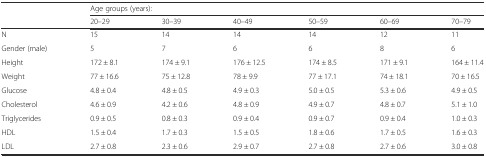
<table><thead><tr><td></td><td colspan="6"><b>Age groups (years):</b></td></tr><tr><td></td><td><b>20–29</b></td><td><b>30–39</b></td><td><b>40–49</b></td><td><b>50–59</b></td><td><b>60–69</b></td><td><b>70–79</b></td></tr></thead><tbody><tr><td>N</td><td>15</td><td>14</td><td>14</td><td>14</td><td>12</td><td>11</td></tr><tr><td>Gender (male)</td><td>5</td><td>7</td><td>6</td><td>6</td><td>8</td><td>6</td></tr><tr><td>Height</td><td>172 ± 8.1</td><td>174 ± 9.1</td><td>176 ± 12.5</td><td>174 ± 8.5</td><td>171 ± 9.1</td><td>164 ± 11.4</td></tr><tr><td>Weight</td><td>77 ± 16.6</td><td>75 ± 12.8</td><td>78 ± 9.9</td><td>77 ± 17.1</td><td>74 ± 18.1</td><td>70 ± 16.5</td></tr><tr><td>Glucose</td><td>4.8 ± 0.4</td><td>4.8 ± 0.5</td><td>4.9 ± 0.3</td><td>5.0 ± 0.5</td><td>5.3 ± 0.6</td><td>4.9 ± 0.5</td></tr><tr><td>Cholesterol</td><td>4.6 ± 0.9</td><td>4.2 ± 0.6</td><td>4.8 ± 0.9</td><td>4.9 ± 0.7</td><td>4.8 ± 0.7</td><td>5.1 ± 1.0</td></tr><tr><td>Triglycerides</td><td>0.9 ± 0.5</td><td>0.8 ± 0.3</td><td>0.9 ± 0.4</td><td>0.9 ± 0.7</td><td>0.9 ± 0.4</td><td>1.0 ± 0.3</td></tr><tr><td>HDL</td><td>1.5 ± 0.4</td><td>1.7 ± 0.3</td><td>1.5 ± 0.5</td><td>1.8 ± 0.6</td><td>1.7 ± 0.5</td><td>1.6 ± 0.3</td></tr><tr><td>LDL</td><td>2.7 ± 0.8</td><td>2.3 ± 0.6</td><td>2.9 ± 0.7</td><td>2.7 ± 0.8</td><td>2.7 ± 0.6</td><td>3.0 ± 0.8</td></tr></tbody></table>